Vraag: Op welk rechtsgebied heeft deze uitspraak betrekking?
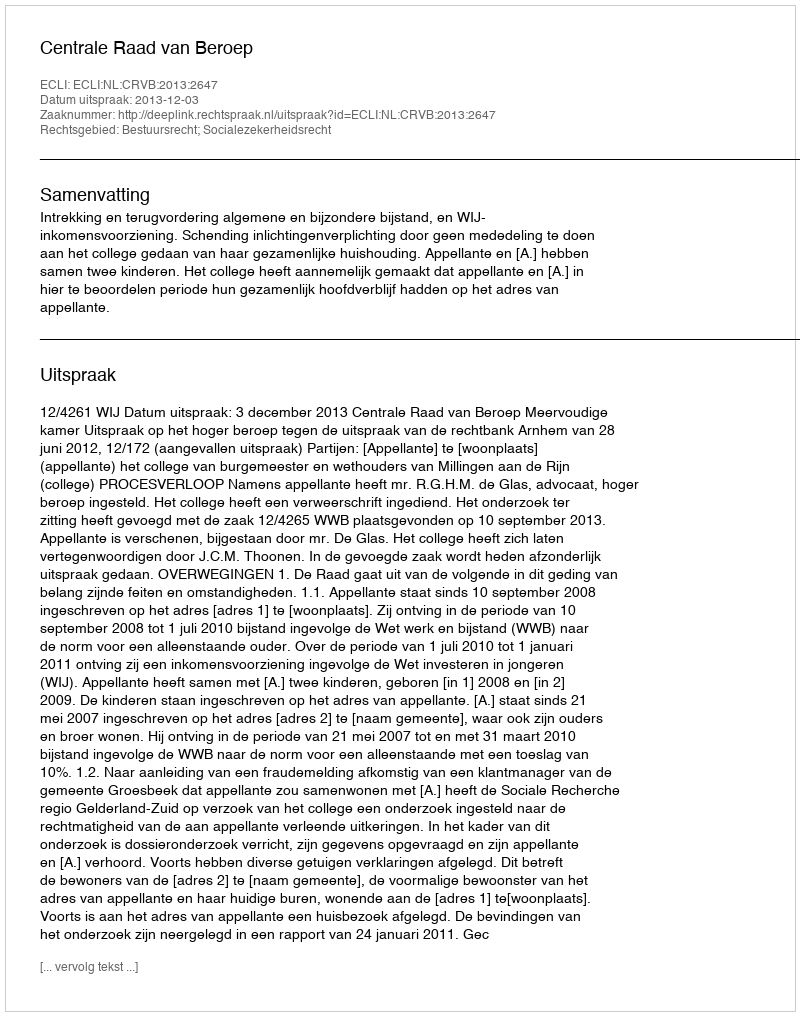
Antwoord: Bestuursrecht; Socialezekerheidsrecht